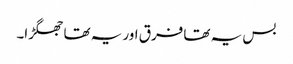
بس یہ تھا فرق اور یہ تھا جھگڑا۔